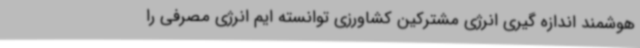
هوشمند اندازه گیری انرژی مشترکین کشاورزی توانسته ایم انرژی مصرفی را